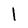
Character: l